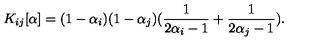
K _ { i j } [ \alpha ] = ( 1 - \alpha _ { i } ) ( 1 - \alpha _ { j } ) ( \frac { 1 } { 2 \alpha _ { i } - 1 } + \frac { 1 } { 2 \alpha _ { j } - 1 } ) .